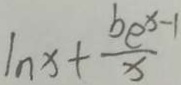
\ln x + \frac { b c ^ { x - 1 } } { x }